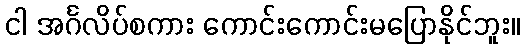
ငါ အင်္ဂလိပ်စကား ကောင်းကောင်းမပြောနိုင်ဘူး။